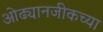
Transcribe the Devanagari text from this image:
ओढ्यानजीकच्या